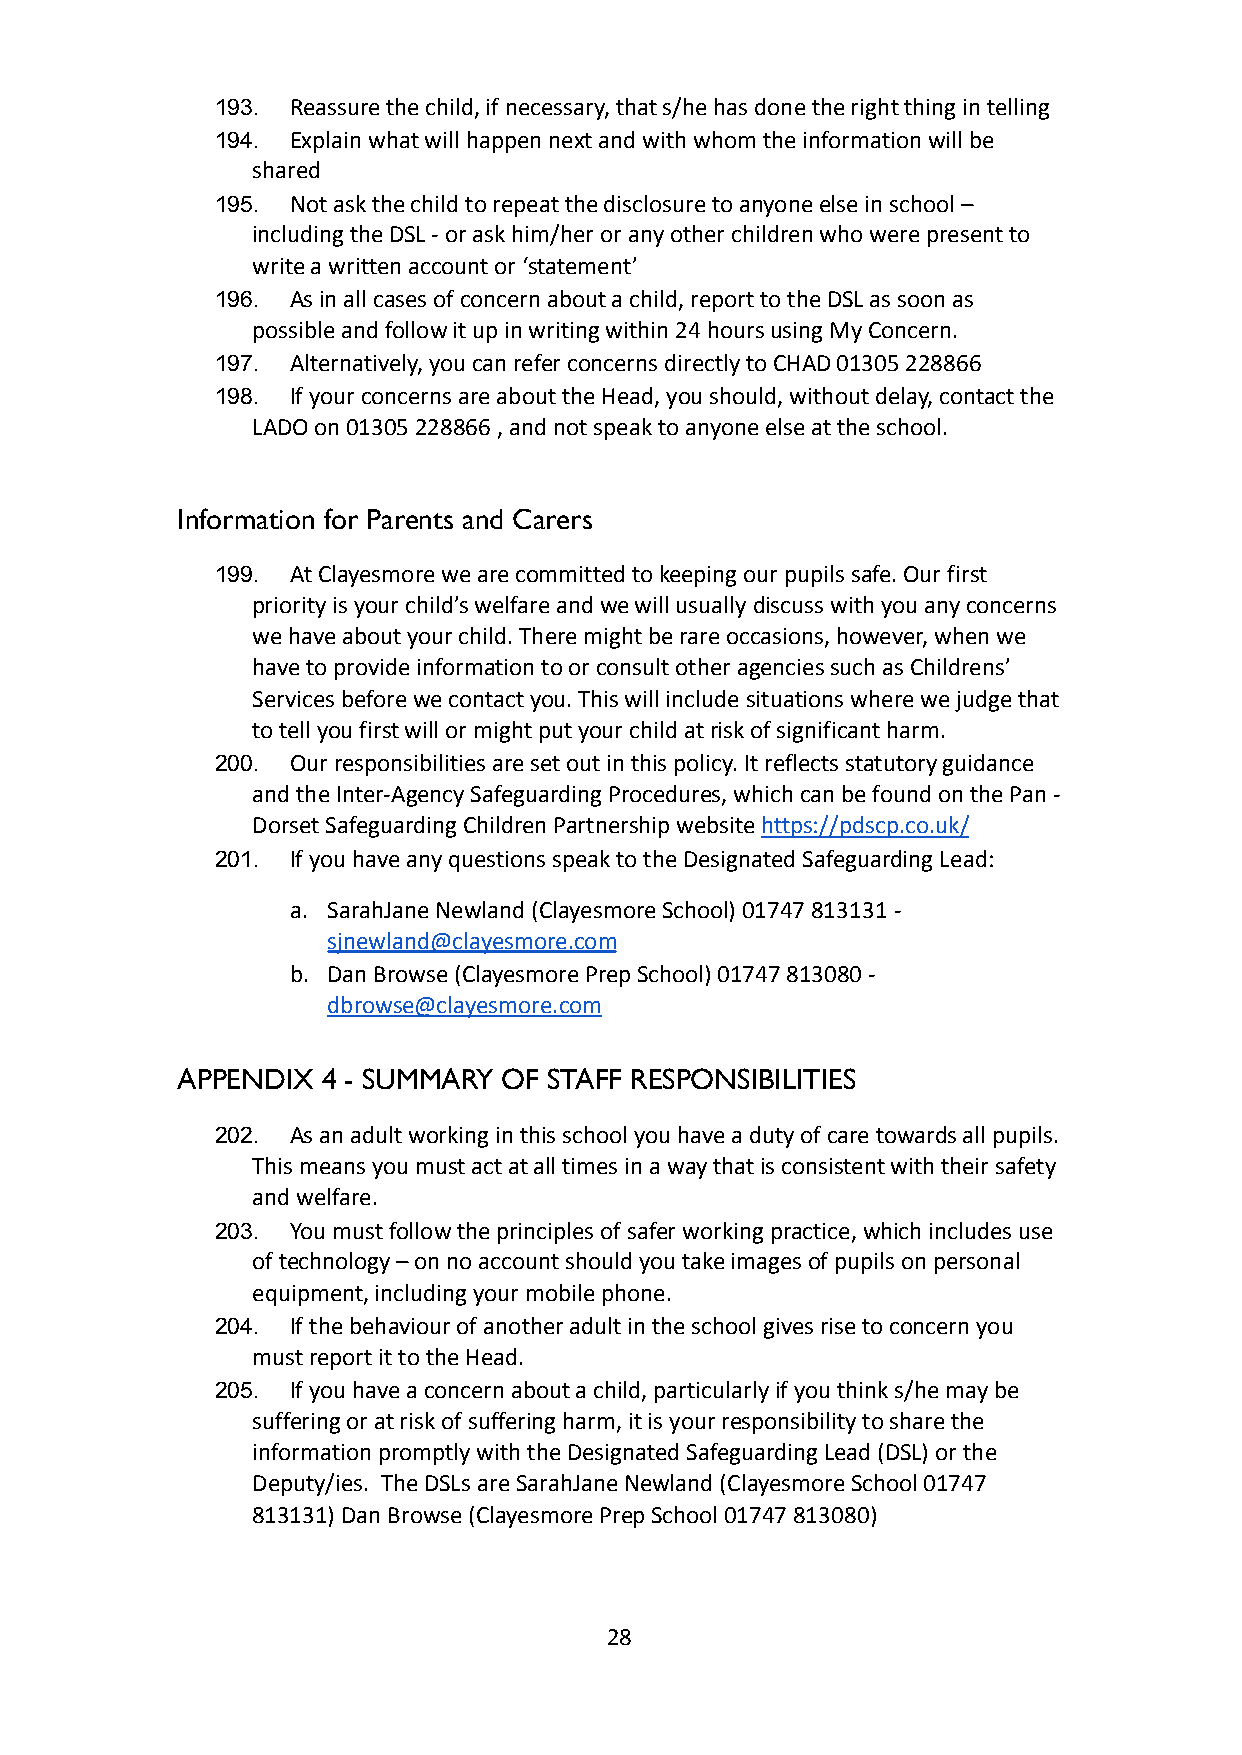
193. Reassure the child, if necessary, that s/he has done the right thing in telling
 194. Explain what will happen next and with whom the informationwill be
 shared
 195. Not ask the child to repeat the disclosure to anyoneelse in school –
 including the DSL - or ask him/her or any other childrenwho were present to
 write a written account or ‘statement’
 196. As in all cases of concern about a child, report tothe DSL as soon as
 possible and follow it up in writing within 24 hoursusing My Concern.
 197. Alternatively, you can refer concerns directly toCHAD 01305 228866
 198. If your concerns are about the Head, you should, withoutdelay, contact the
 LADO on 01305 228866 , and not speak to anyone elseat the school.
 Information for Parents and Carers
 199. At Clayesmore we are committed to keeping our pupilssafe. Our first
 priority is your child’s welfare and we will usuallydiscuss with you any concerns
 we have about your child. There might be rare occasions,however, when we
 have to provide information to or consult other agenciessuch as Childrens’
 Services before we contact you. This will includesituations where we judge that
 to tell you first will or might put your child atrisk of significant harm.
 200. Our responsibilities are set out in this policy. Itreflects statutory guidance
 and the Inter-Agency Safeguarding Procedures, whichcan be found on the Pan -
 Dorset Safeguarding Children Partnership websitehttps://pdscp.co.uk/
 201. If you have any questions speak to the DesignatedSafeguarding Lead:
 a. SarahJane Newland (Clayesmore School) 01747 813131-
 sjnewland@clayesmore.com
 b. Dan Browse (Clayesmore Prep School) 01747 813080 -
 dbrowse@clayesmore.com
 APPENDIX 4 - SUMMARY OF STAFF RESPONSIBILITIES
 202. As an adult working in this school you have a dutyof care towards all pupils.
 This means you must act at all times in a way thatis consistent with their safety
 and welfare.
 203. You must follow the principles of safer working practice,which includes use
 of technology – on no account should you take imagesof pupils on personal
 equipment, including your mobile phone.
 204. If the behaviour of another adult in the school givesrise to concern you
 must report it to the Head.
 205. If you have a concern about a child, particularlyif you think s/he may be
 suffering or at risk of suffering harm, it is yourresponsibility to share the
 information promptly with the Designated SafeguardingLead (DSL) or the
 Deputy/ies. The DSLs are SarahJane Newland (ClayesmoreSchool 01747
 813131) Dan Browse (Clayesmore Prep School 01747 813080)
 28